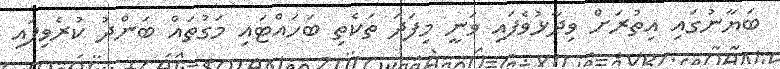
ބަޔާނުގައި އިތުރަށް ވިދާޅުވެފައި ވަނީ މިފަދަ ތަކެތި ބަހައްޓައި މަގުތައް ބަންދު ކުރެވިފައި